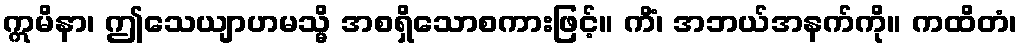
ဣမိနာ၊ ဤသေယျာဟမသ္မိ အစရှိသောစကားဖြင့်။ ကိံ၊ အဘယ်အနက်ကို။ ကထိတံ၊